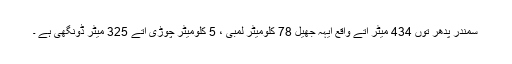
سمندر پدھر توں 434 میٹر اتے واقع ایہہ جھیل 78 کلومیٹر لمبی ، 5 کلومیٹر چوڑی اتے 325 میٹر ڈونگھی ہے ۔